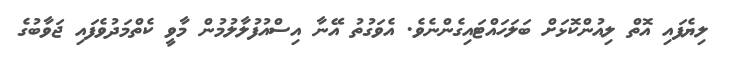
ލިޔެފައި އޮތް ލިއުންކޮޅަށް ބަލަހައްޓައިގެންނެވެ. އެވަގުތު އޭނާ އިސްއުފުލާލުމުން މާވީ ކެތްމަދުވެފައި ޖަވާބުގެ